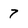
Character: 7